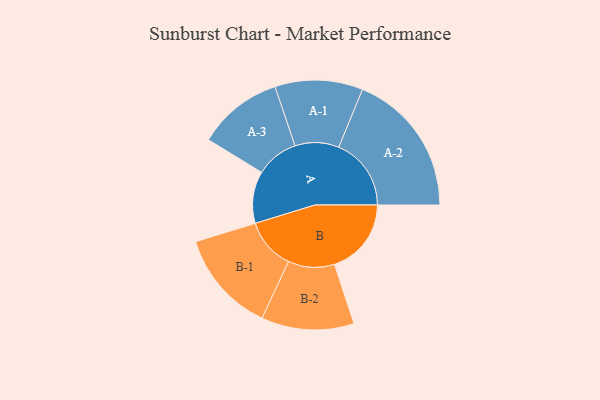
{"axis": {"x": "Segment", "y": "Value"}, "legend": ["", "A", "B"], "data": [{"x": "A", "y": 213, "type": ""}, {"x": "B", "y": 315, "type": ""}, {"x": "A-1", "y": 180, "type": "A"}, {"x": "A-2", "y": 297, "type": "A"}, {"x": "A-3", "y": 175, "type": "A"}, {"x": "B-1", "y": 210, "type": "B"}, {"x": "B-2", "y": 190, "type": "B"}]}